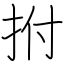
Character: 拊